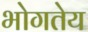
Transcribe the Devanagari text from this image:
भोगतेय